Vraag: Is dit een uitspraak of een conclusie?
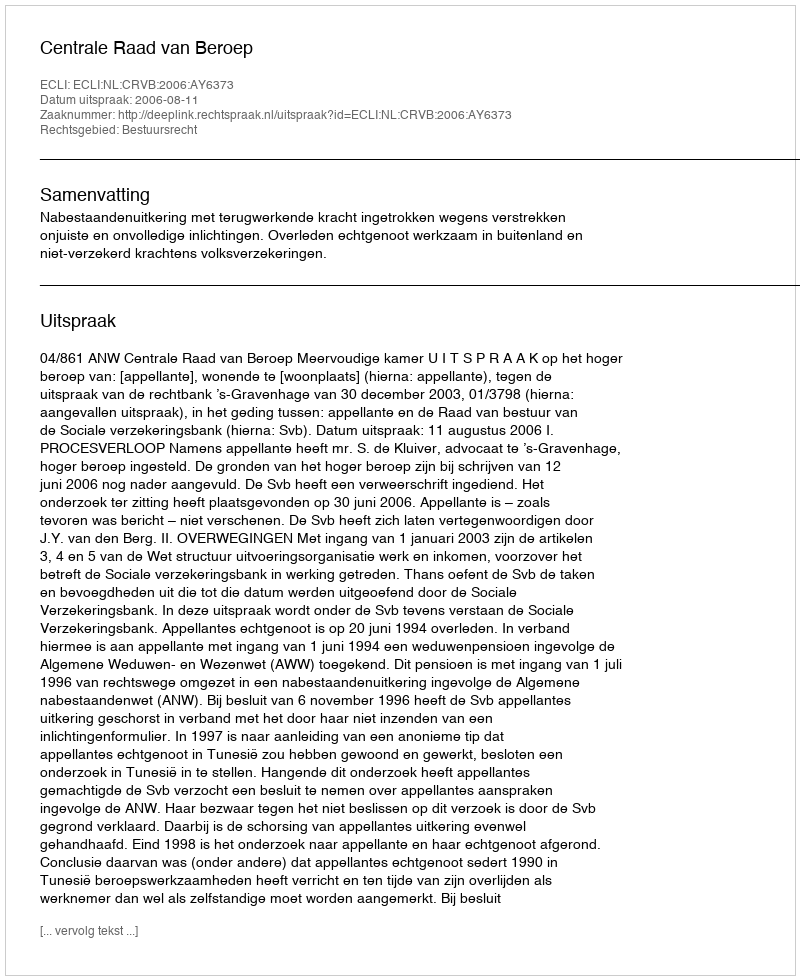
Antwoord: Uitspraak